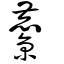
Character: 麖